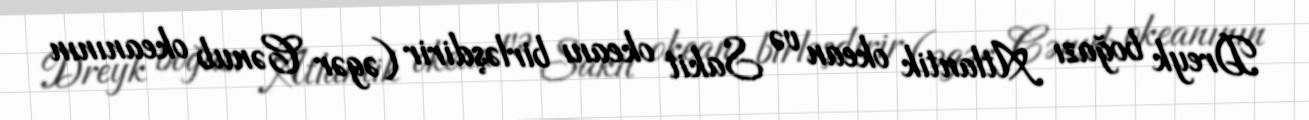
Dreyk boğazı Atlantik okean və Sakit okeanı birləşdirir (əgər Cənub okeanının